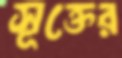
সূক্তের